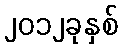
၂၀၁၂ခုနှစ်